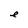
Character: e